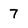
Character: 7